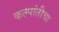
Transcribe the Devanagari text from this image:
कल्पांतीचा